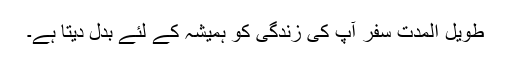
طویل المدت سفر آپ کی زندگی کو ہمیشہ کے لئے بدل دیتا ہے۔